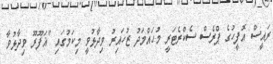
ރައީސް އޮފީހުގެ ޕްރެސް ސެކްރެޓަރީ މުހައްމަދު ޒުހައިރު ވިދާޅުވީ މިކަމުގައި "ޣަފޫރޫ ވިދާޅުވާ